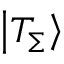
\left| { { T _ { \Sigma } } } \right\rangle